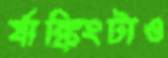
র‍্যাঙ্কিংটাও